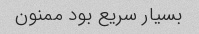
بسیار سریع بود ممنون